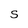
Character: S